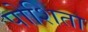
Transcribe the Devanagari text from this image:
पोशिता